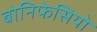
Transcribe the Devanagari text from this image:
बोनिफेसियो